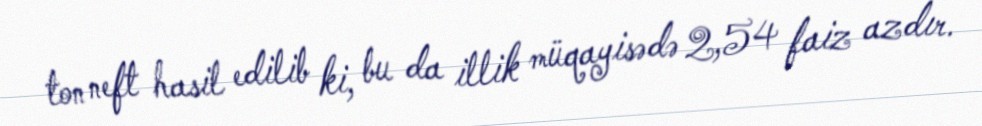
ton neft hasil edilib ki, bu da illik müqayisədə 2,54 faiz azdır.